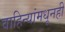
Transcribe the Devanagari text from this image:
वाहिन्यांमधूनही